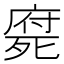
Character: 𣩇